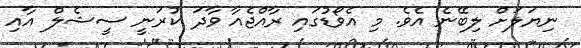
ނިޔަލަށް ލިބޭނެ އެވެ. މި އެވޯޑުގައި ރާއްޖެއާ ވާދަ ކުރަނީ ސީޝެލް އާއި